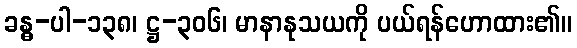
ခန္ဓ-ပါ-၁၃၈၊ ဋ္ဌ-၃၀၆၊ မာနာနုသယကို ပယ်ရန်ဟောထား၏။